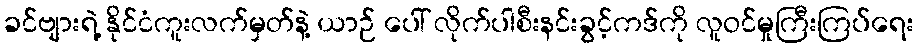
ခင်ဗျားရဲ့ နိုင်ငံကူးလက်မှတ်နဲ့ ယာဉ် ပေါ် လိုက်ပါစီးနင်းခွင့်ကဒ်ကို လူဝင်မှုကြီးကြပ်ရေး